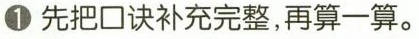
\bigcirc{1} 先把口诀补充完整，再算一算。